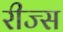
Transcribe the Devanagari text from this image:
रीज्स